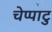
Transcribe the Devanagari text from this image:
चेप्पाटु